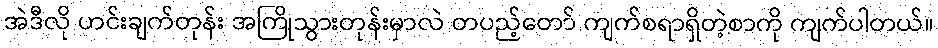
အဲဒီလို ဟင်းချက်တုန်း အကြိုသွားတုန်းမှာလဲ တပည့်တော် ကျက်စရာရှိတဲ့စာကို ကျက်ပါတယ်။